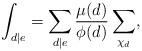
LaTeX: \begin{align*} \int_{d\mid e} = \sum_{d\mid e}\frac{\mu(d)}{\phi(d)} \sum_{\chi_{d}},\end{align*}